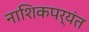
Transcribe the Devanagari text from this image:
नाशिकपर्यंत